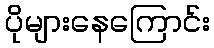
ပိုများနေကြောင်း